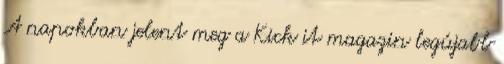
A napokban jelent meg a Kick it magazin legújabb